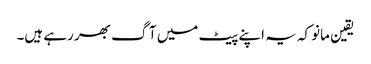
یقین مانو کہ یہ اپنے پیٹ میں آگ بھر رہے ہیں۔